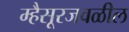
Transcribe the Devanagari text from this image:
म्हैसूरजवळील